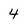
Character: 4